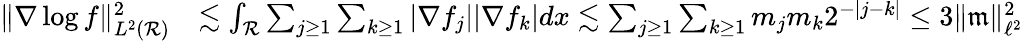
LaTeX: \begin{array}{rl}{\Vert\nabla\log f\Vert_{L^{2}(\mathcal{R})}^{2}}&{\lesssim\int_{\mathcal{R}}\sum_{j\geq 1}\sum_{k\geq 1}|\nabla f_{j}||\nabla f_{k}|dx\lesssim\sum_{j\geq 1}\sum_{k\geq 1}m_{j}m_{k}2^{-|j-k|}\le 3\Vert\mathfrak{m}\Vert_{\ell^{2}}^{2}}\end{array}